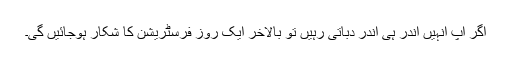
اگر آپ انہیں اندر ہی اندر دباتی رہیں تو بالآخر ایک روز فرسٹریشن کا شکار ہوجائیں گی۔